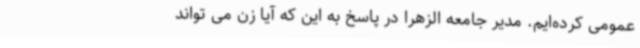
عمومی کرده‌ایم‌. مدیر جامعه الزهرا در پاسخ به این که آیا زن می تواند